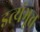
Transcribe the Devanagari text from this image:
इत्यंभूत